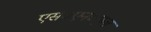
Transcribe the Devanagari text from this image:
एस०एन०एल